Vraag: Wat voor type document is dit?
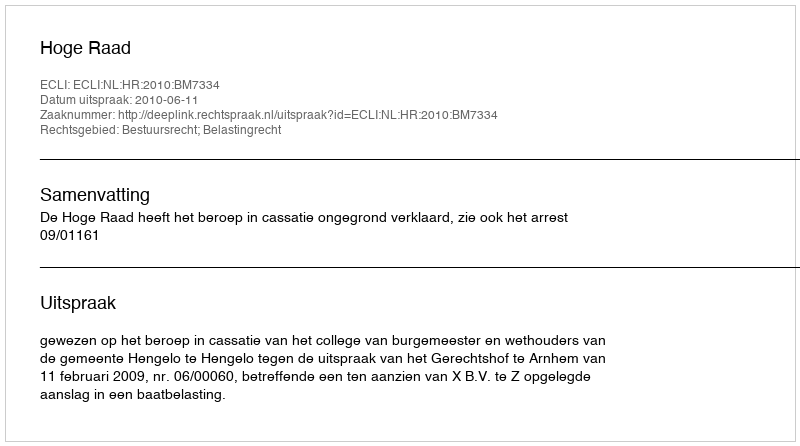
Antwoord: Uitspraak